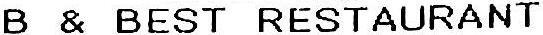
B & BEST RESTAURANT